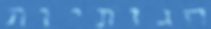
הגותיות